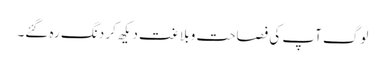
لوگ آپ کی فصاحت و بلاغت دیکھ کر دنگ رہ گئے۔